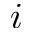
i